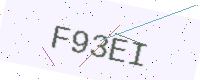
Text: F93EI